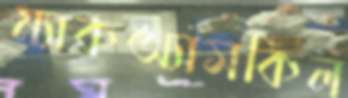
ম্যাকঅ্যাসকিল